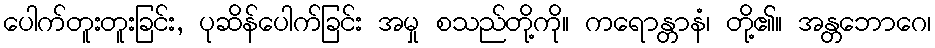
ပေါက်တူးတူးခြင်း, ပုဆိန်ပေါက်ခြင်း အမှု စသည်တို့ကို။ ကရောန္တာနံ၊ တို့၏။ အန္တဘောဂေ၊